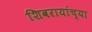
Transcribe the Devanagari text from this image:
शिवरायांच्या